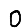
Digit: 0